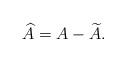
LaTeX: \begin{align*}\widehat{A}=A-\widetilde{A}. \end{align*}